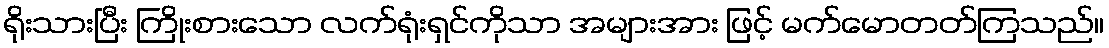
ရိုးသားပြီး ကြိုးစားသော လက်ရုံးရှင်ကိုသာ အများအား ဖြင့် မက်မောတတ်ကြသည်။